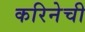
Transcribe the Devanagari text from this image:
करिनेची